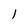
Character: l